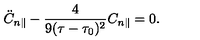
\ddot { C } _ { n \parallel } - \frac { 4 } { 9 ( \tau - \tau _ { 0 } ) ^ { 2 } } C _ { n \parallel } = 0 .